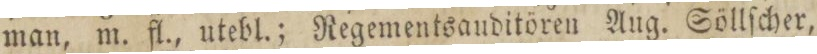
man, m. fl., utebl.; Regementsauditören Aug. Söllſcher,